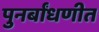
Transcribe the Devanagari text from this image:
पुनर्बांधणीत